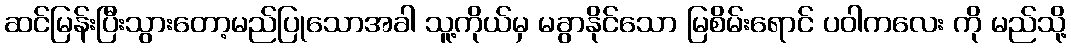
ဆင်မြန်းပြီးသွားတော့မည်ပြုသောအခါ သူ့ကိုယ်မှ မခွာနိုင်သော မြစိမ်းရောင် ပဝါကလေး ကို မည်သို့